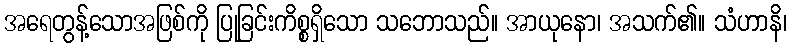
အရေတွန့်သောအဖြစ်ကို ပြုခြင်းကိစ္စရှိသော သဘောသည်။ အာယုနော၊ အသက်၏။ သံဟာနိ၊